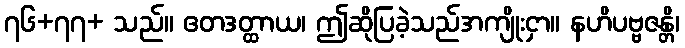
၇၆+၇၇+ သည်။ ဧတဒတ္ထာယ၊ ဤဆိုပြခဲ့သည်အကျိုးငှာ။ နဟိပဗ္ဗဇန္တိ၊